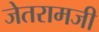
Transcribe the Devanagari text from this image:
जेतरामजी